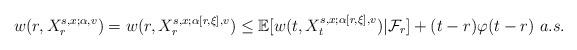
LaTeX: \begin{align*}w(r, X^{s,x; \alpha,v}_r)=w(r, X^{s,x; \alpha[r,\xi],v}_r)\leq \mathbb{E}[w(t, X^{s,x; \alpha[r,\xi],v}_t)|\mathcal{F}_r] +(t-r)\varphi (t-r)\ a.s.\end{align*}